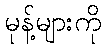
မုန့်များကို